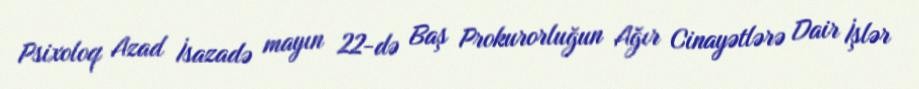
Psixoloq Azad İsazadə mayın 22-də Baş Prokurorluğun Ağır Cinayətlərə Dair İşlər